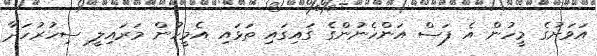
އަވަށުގެ މީހުން އެ ފަސް އަންހެނުންގެ ގައިގައި ތަޅައި އެމީހުން މަރައިލީ ސިހުރުހަދާ